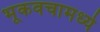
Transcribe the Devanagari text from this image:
भूकवचामध्ये